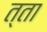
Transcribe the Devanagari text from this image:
त्ता